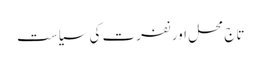
تاج محل اور نفرت کی سیاست